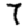
Digit: 7